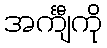
အင်္ကျီကို